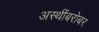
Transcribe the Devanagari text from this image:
अस्थींबरोबर